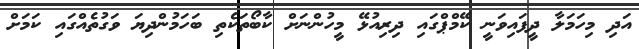
އަދި މިހަމަލާ ދީފައިވަނީ ކޭމްޕްގައި ދިރިއުޅޭ މީހުންނަށް ކާބޯތަކެތި ބަހަމުންދިޔަ ވަގުތެއްގައި ކަމަށް